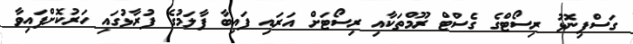
ގަސްފިނޮޅު ރިސޯޓްގެ ގެސްޓް ރޫމްތަކާއި ރިސޯޓަށް އަރައި ފައިބާ ފާލަމުގެ ފުރާޅުގައި ހަރުކޮށްފައިވާ